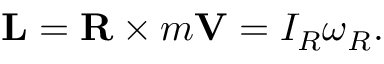
\mathbf { L } = \mathbf { R } \times m \mathbf { V } = I _ { R } { \boldsymbol { \omega } } _ { R } .